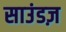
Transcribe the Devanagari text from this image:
साउंडज़